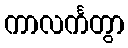
ကာလင်္ကတွာ